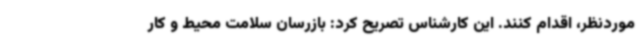
موردنظر، اقدام کنند. این کارشناس تصریح کرد: بازرسان سلامت محیط و کار